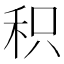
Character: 积